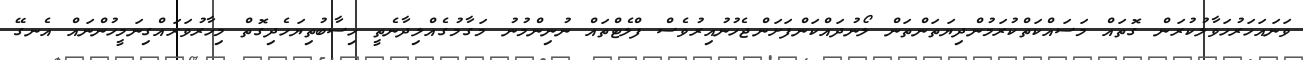
ވަނައަހަރުހަވާލުކުރަން ގޮތައް މަސައްކަތްކުރަމުންދިޔަތަންތަން ލޯނުދައްކަންފަށަންޖެހުނުއިރުވެސް ފްލެޓްތައް ނުނިންމުނު މަގާމުގެއްލިދާނެތީ ހިސާބުތިޔަހެދިގޮތް މިހާރުވަރައްގިނަމީހުންނައް އެނގޭ